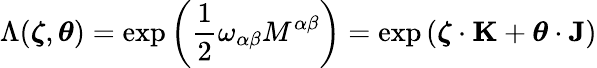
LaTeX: \Lambda({\boldsymbol{\zeta}},{\boldsymbol{\theta}})=\exp\left({\frac{1}{2}}\omega_{\alpha\beta}M^{\alpha\beta}\right)=\exp\left({\boldsymbol{\zeta}}\cdot\mathbf{K}+{\boldsymbol{\theta}}\cdot\mathbf{J}\right)